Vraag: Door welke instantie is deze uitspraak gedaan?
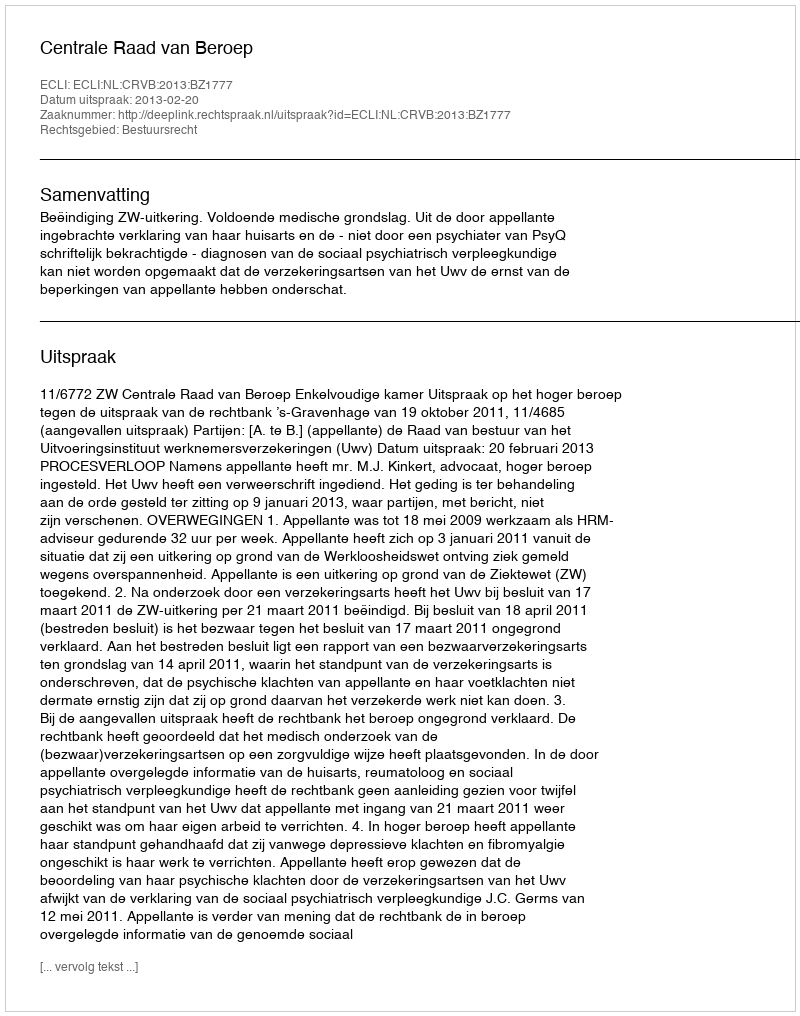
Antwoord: Centrale Raad van Beroep